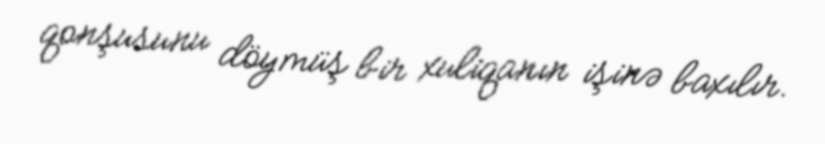
qonşusunu döymüş bir xuliqanın işinə baxılır.